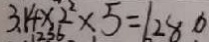
3 . 1 4 \times 2 ^ { 2 } \times 5 = 1 2 8 0